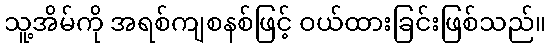
သူ့အိမ်ကို အရစ်ကျစနစ်ဖြင့် ဝယ်ထားခြင်းဖြစ်သည်။